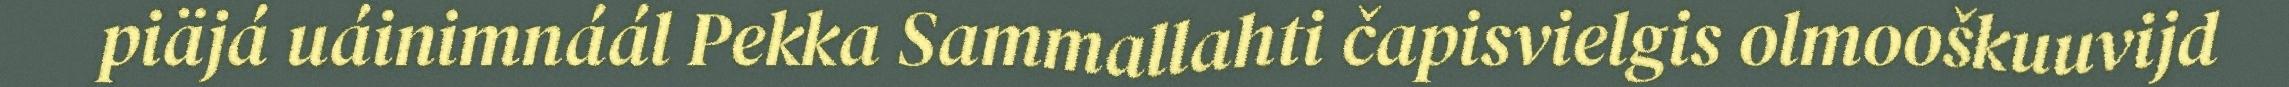
piäjá uáinimnáál Pekka Sammallahti čapisvielgis olmooškuuvijd